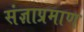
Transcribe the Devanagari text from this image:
संज्ञाप्रमाण